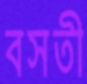
বসতী